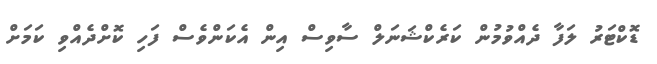
ޑޮކްޓަރު ލަފާ ދެއްވުމުން ކަރެކްޝަނަލް ސާވިސް އިން އެކަންވެސް ފަހި ކޮށްދެއްވި ކަމަށް